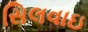
સિલવાઇ